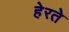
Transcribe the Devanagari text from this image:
हेरते